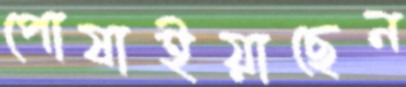
পোষাইয়াছেন